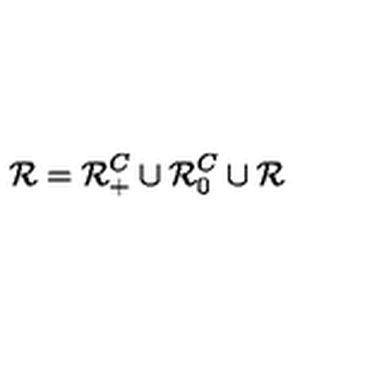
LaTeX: \mathcal { R } = \mathcal { R } _ { + } ^ { C } \cup \mathcal { R } _ { 0 } ^ { C } \cup \mathcal { R }